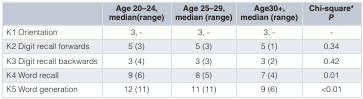
|  | Age 20–24,median (range) | Age 25–29,median (range) | Age30+,median (range) | Chi-square*P |
 | --- | --- | --- | --- | --- |
 | K1 Orientation | 3, - | 3, - | 3, - | - |
 | K2 Digit recallforwards | 5 (3) | 5 (3) | 5 (1) | 0.34 |
 | K3 Digit recallbackwards | 3 (4) | 3 (3) | 3 (2) | 0.42 |
 | K4 Word recall | 9 (6) | 8 (5) | 7 (4) | 0.01 |
 | K5 Wordgeneration | 12 (11) | 11 (11) | 9 (6) | <0.01 |